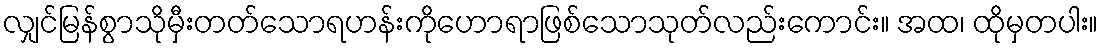
လျှင်မြန်စွာသိုမှီးတတ်သောရဟန်းကိုဟောရာဖြစ်သောသုတ်လည်းကောင်း။ အထ၊ ထိုမှတပါး။